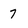
Character: 7